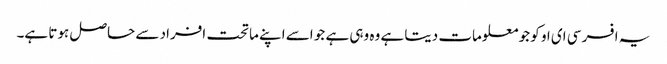
یہ افسر سی ای او کو جو معلومات دیتا ہے وہ وہی ہے جو اسے اپنے ماتحت افراد سے حاصل ہوتا ہے۔